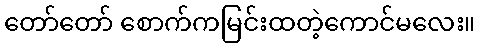
တော်တော် စောက်ကမြင်းထတဲ့ကောင်မလေး။